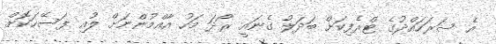
އެ ސަރަހައްދުގެ ޓްރެފިކަށް ބަދަލު ގެނައީ ރޯދަ މަހު އާއްމުންނަށް ލުއި ފަސޭހަކޮށް